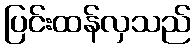
ပြင်းထန်လှသည်